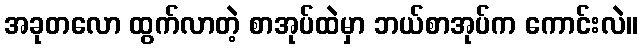
အခုတလော ထွက်လာတဲ့ စာအုပ်ထဲမှာ ဘယ်စာအုပ်က ကောင်းလဲ။